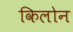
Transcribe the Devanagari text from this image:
किलोन